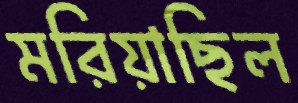
মরিয়াছিল